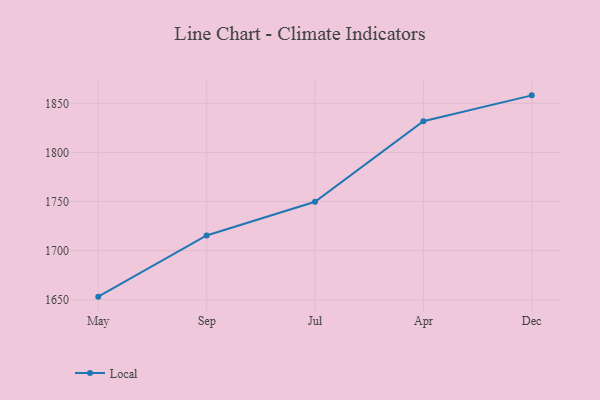
{"axis": {"x": "Month", "y": "Active Users"}, "legend": ["Local"], "data": [{"x": "May", "y": 1653.2, "type": "Local"}, {"x": "Sep", "y": 1715.5, "type": "Local"}, {"x": "Jul", "y": 1749.8, "type": "Local"}, {"x": "Apr", "y": 1831.7, "type": "Local"}, {"x": "Dec", "y": 1858.1, "type": "Local"}]}